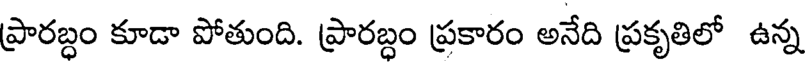
ప్రారబ్ధం కూడా పోతుంది. ప్రారబ్ధం ప్రకారం అనేది ప్రకృతిలో ఉన్న